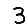
Digit: 3